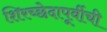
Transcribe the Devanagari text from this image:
शिरच्छेदापूर्वीची